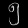
Digit: ၅